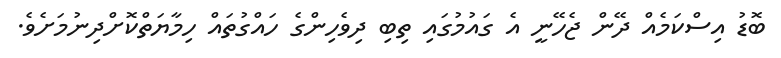
ބޮޑު އިސްކަމެއް ދޭން ޖެހޭނީ އެ ގައުމުގައި ތިބި ދިވެހިންގެ ހައްގުތައް ހިމާޔަތްކޮށްދިނުމަށެވެ.